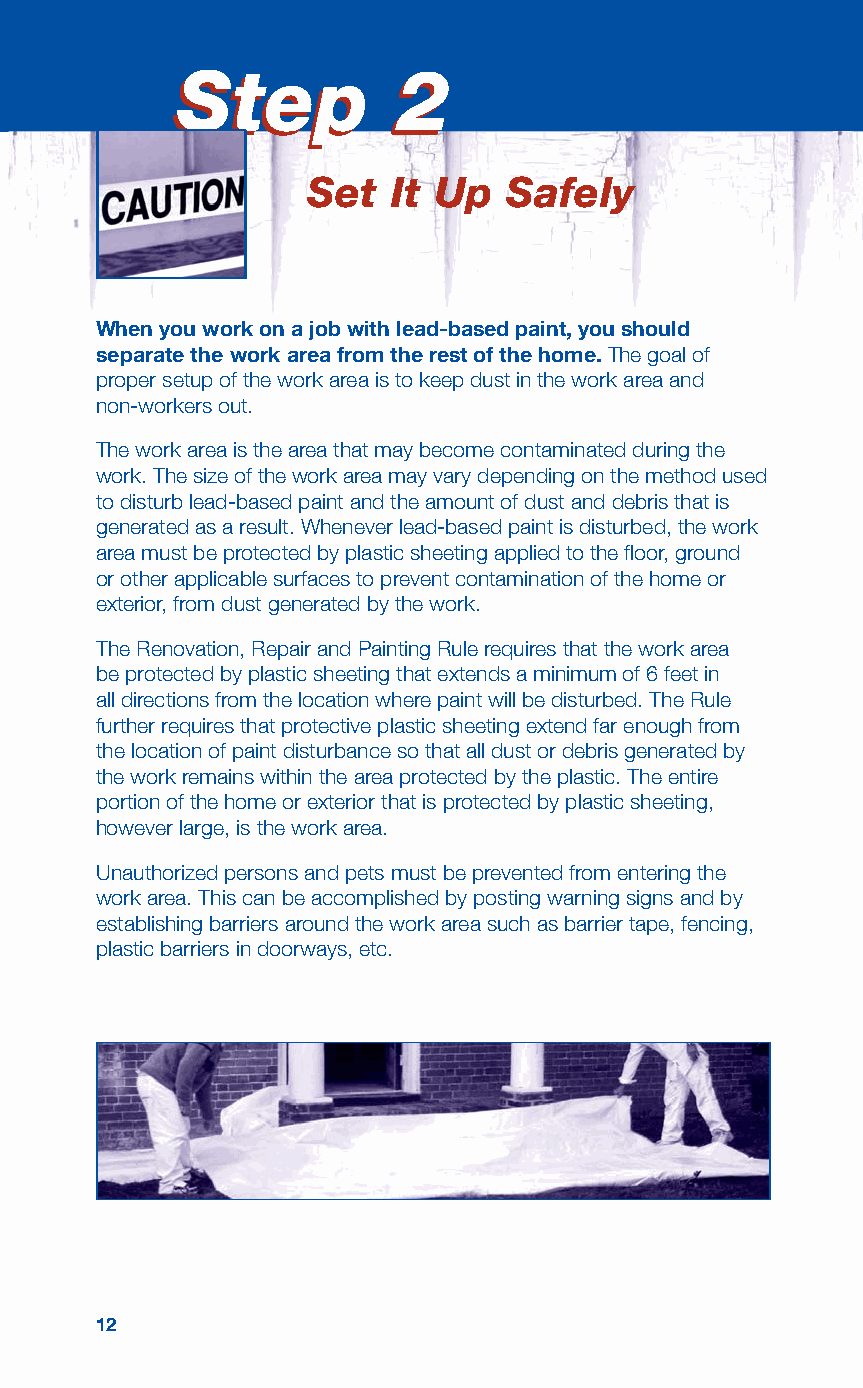
SStteepp       22
 Set   It Up   Safely
 When you work on a job with lead-based paint, you should
 separate the work area from the rest of the home. The goal of
 proper setup of the work area is to keep dust in the work area and
 non-workers out.
 The work area is the area that may become contaminated during the
 work. The size of the work area may vary depending on the method used
 to disturb lead-based paint and the amount of dust and debris that is
 generated as a result. Whenever lead-based paint is disturbed, the work
 area must be protected by plastic sheeting applied to the floor, ground
 or other applicable surfaces to prevent contamination of the home or
 exterior, from dust generated by the work.
 The Renovation, Repair and Painting Rule requires that the work area
 be protected by plastic sheeting that extends a minimum of 6 feet in
 all directions from the location where paint will be disturbed. The Rule
 further requires that protective plastic sheeting extend far enough from
 the location of paint disturbance so that all dust or debris generated by
 the work remains within the area protected by the plastic. The entire
 portion of the home or exterior that is protected by plastic sheeting,
 however large, is the work area.
 Unauthorized persons and pets must be prevented from entering the
 work area. This can be accomplished by posting warning signs and by
 establishing barriers around the work area such as barrier tape, fencing,
 plastic barriers in doorways, etc.
 12